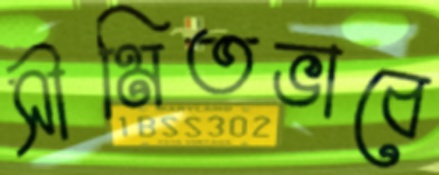
সীমিতভাবে